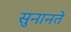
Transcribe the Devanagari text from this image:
सुनानते